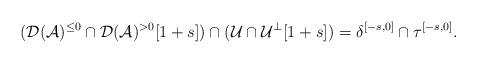
LaTeX: \begin{align*}(\mathcal{D}(\mathcal{A})^{\leq0}\cap \mathcal{D}(\mathcal{A})^{>0}[1+s])\cap (\mathcal{U}\cap \mathcal{U}^\perp[1+s])=\delta^{[-s,0]} \cap \tau^{[-s,0]}.\end{align*}